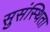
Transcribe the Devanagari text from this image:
सुसंस्थिता